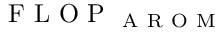
\mathrm { ~ F ~ L ~ O ~ P ~ } _ { \mathrm { ~ A ~ R ~ O ~ M ~ } }